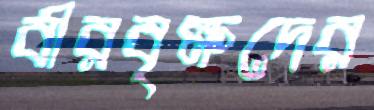
বীরবৃক্ষদের